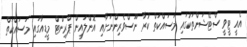
އެއީ ޓީވީ ސްޓޭޝަންތަކުގައި މަސައްކަތް ކުރާ ނޫސްވެރިންނަށާއި އޮންލައިން ޕްރިންޓް މީޑިއާގައި މަސައްކަތް